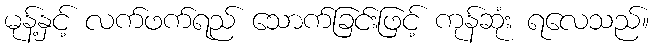
မုန့်နှင့် လက်ဖက်ရည် သောက်ခြင်းဖြင့် ကုန်ဆုံး ရလေသည်။